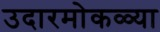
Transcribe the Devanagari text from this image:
उदारमोकळ्या